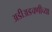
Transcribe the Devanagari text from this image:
अडीअडचणीच्या